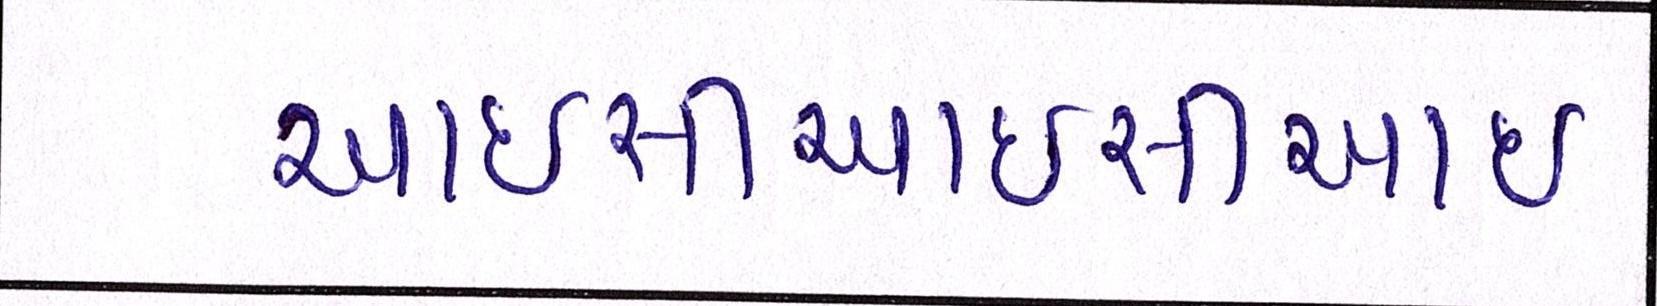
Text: આઈસીઆઈસીઆઈ